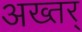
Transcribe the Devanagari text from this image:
अख्तर्